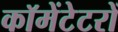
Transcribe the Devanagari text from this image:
कॉमेंटेटरों